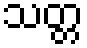
သတ္တ